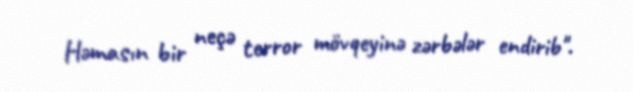
Həmasın bir neçə terror mövqeyinə zərbələr endirib".